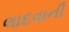
લાદવાની